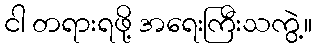
ငါ တရားရဖို့ အရေးကြီးသကွဲ့။